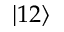
\lvert 1 2 \rangle